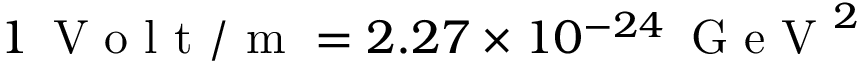
1 \, \mathrm { ~ V ~ o ~ l ~ t ~ / ~ m ~ } = 2 . 2 7 \times 1 0 ^ { - 2 4 } \, \mathrm { ~ G ~ e ~ V ~ } ^ { 2 }